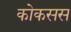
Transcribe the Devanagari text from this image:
कोकसस